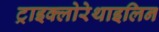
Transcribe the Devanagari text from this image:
ट्राइक्लोरेथाइलिन